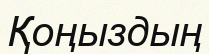
Қоңыздың